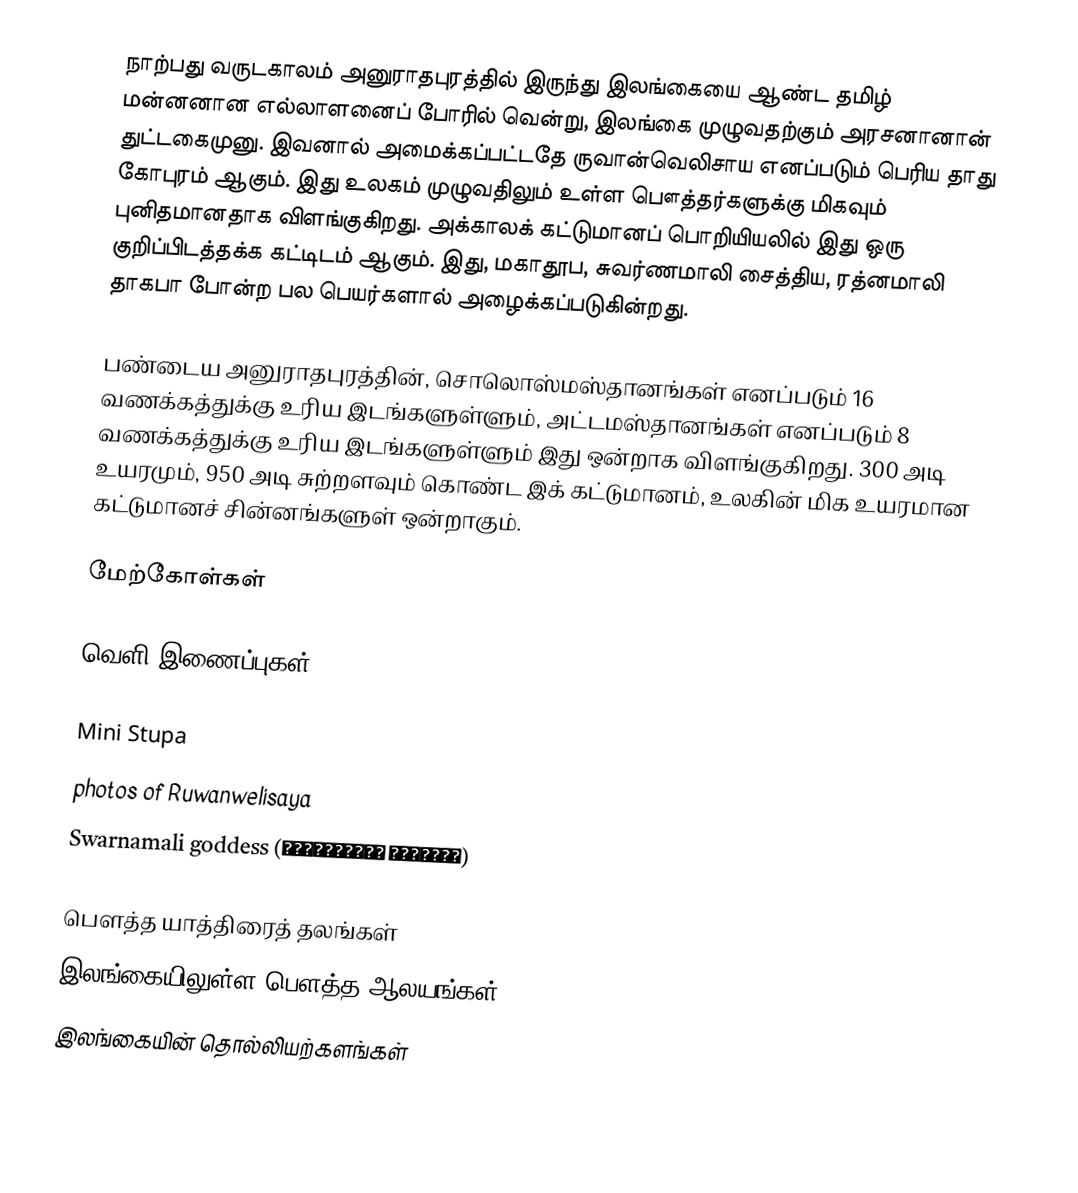
நாற்பது வருடகாலம் அனுராதபுரத்தில் இருந்து இலங்கையை ஆண்ட தமிழ் மன்னனான எல்லாளனைப் போரில் வென்று, இலங்கை முழுவதற்கும் அரசனானான் துட்டகைமுனு. இவனால் அமைக்கப்பட்டதே ருவான்வெலிசாய எனப்படும் பெரிய தாது கோபுரம் ஆகும். இது உலகம் முழுவதிலும் உள்ள பௌத்தர்களுக்கு மிகவும் புனிதமானதாக விளங்குகிறது. அக்காலக் கட்டுமானப் பொறியியலில் இது ஒரு குறிப்பிடத்தக்க கட்டிடம் ஆகும். இது, மகாதூப, சுவர்ணமாலி சைத்திய, ரத்னமாலி தாகபா போன்ற பல பெயர்களால் அழைக்கப்படுகின்றது.

பண்டைய அனுராதபுரத்தின், சொலொஸ்மஸ்தானங்கள் எனப்படும் 16 வணக்கத்துக்கு உரிய இடங்களுள்ளும், அட்டமஸ்தானங்கள் எனப்படும் 8 வணக்கத்துக்கு உரிய இடங்களுள்ளும் இது ஒன்றாக விளங்குகிறது. 300 அடி உயரமும், 950 அடி சுற்றளவும் கொண்ட இக் கட்டுமானம், உலகின் மிக உயரமான கட்டுமானச் சின்னங்களுள் ஒன்றாகும்.

மேற்கோள்கள்

வெளி இணைப்புகள்

Mini Stupa
photos of Ruwanwelisaya
 Swarnamali goddess (ස්වර්ණමාලී දෙව්දුව)

பௌத்த யாத்திரைத் தலங்கள்
இலங்கையிலுள்ள பௌத்த ஆலயங்கள்
இலங்கையின் தொல்லியற்களங்கள்